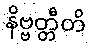
နိဗ္ဗတ္တီတိ